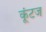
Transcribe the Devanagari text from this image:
कूंटज